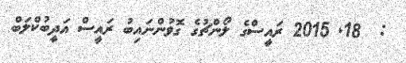
:  18